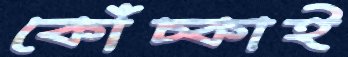
কোঁচ্‌কাই